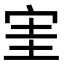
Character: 𡧩